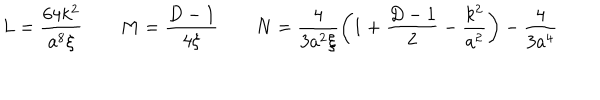
L = \frac { 6 4 k ^ { 2 } } { a ^ { 8 } \xi } M = \frac { D - 1 } { 4 \xi } N = \frac { 4 } { 3 a ^ { 2 } \xi } \left( 1 + \frac { D - 1 } { 2 } - \frac { k ^ { 2 } } { a ^ { 2 } } \right) - \frac { 4 } { 3 a ^ { 4 } }